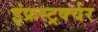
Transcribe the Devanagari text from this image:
इंफ्रस्ट्रर्क्चर